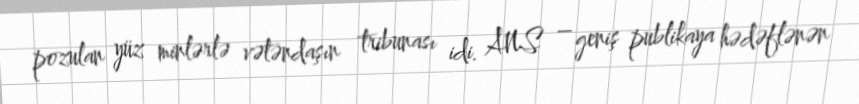
pozulan yüz minlərlə vətəndaşın tribunası idi. ANS – geniş publikaya hədəflənən